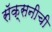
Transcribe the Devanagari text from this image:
सॅक्सनीची